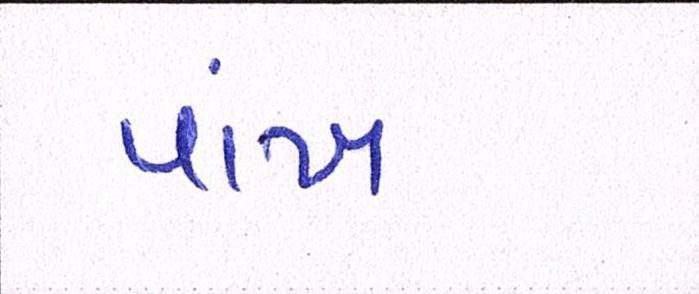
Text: પાંખ